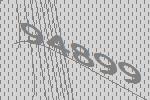
94899